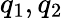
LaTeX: q_{1},q_{2}